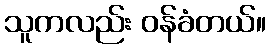
သူကလည်း ဝန်ခံတယ်။